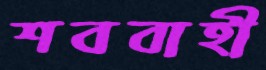
শববাহী